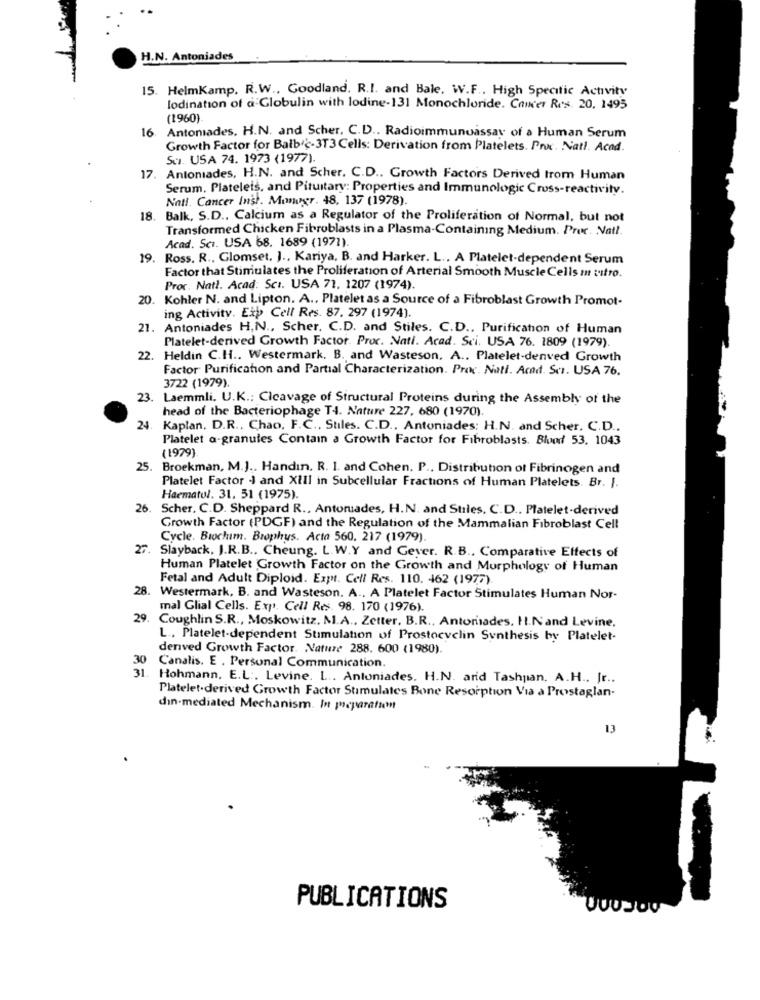
H.N. Antoniades
15. HelmKamp. R.W ., Goodland. R.I. and Bale, W.F ., High Specific Activity
lodination of a Globulin with lodine-131 Monochloride. Cainter Res. 20, 1495
(1960)
16. Antomades, H.N. and Scher, C.D ., Radioimmunoassay of a Human Serum
Growth Factor for Balbic-3T3 Cells: Derivation from Platelets. Prx. Natl. Acad.
Su. USA 74. 1973 (1977).
17. Antoniades, H.N. and Scher. C.D .. Growth Factors Derived from Human
Serum. Platelets, and Pituitary: Properties and Immunologic Cross-reactivity.
Natl. Cancer Inst. Monugr. 48, 137 (1978).
18. Balk, S.D ., Calcium as a Regulator of the Proliferation of Normal, but not
Transformed Chicken Fibroblasts in a Plasma-Containing Medium. Proc Natl.
Acad. Sci. USA 68. 1689 (1971).
19. Ross. R ., Glomset, J ., Kariya. B. and Harker. L .. A Platelet-dependent Serum
Factor that Stimulates the Proliferation of Arterial Smooth Muscle Cells m tutto.
Proc. Natt. Acad: Sci. USA 71. 1207 (1974).
20. Kohler N. and Lipton. A ., Platelet as a Source of a Fibroblast Growth Promot-
ing Activity. Exp Cell Res. 87. 297 (1974).
21. Antoniades H,N ., Scher. C.D. and Stiles. C.D ., Purification of Human
Platelet-derived Growth Factor. Proc. Nati. Acad. Sci. USA 76. 1809 (1979).
22. Heldin C.H .. Westermark, B. and Wasteson, A .. Platelet-denved Growth
Factor Purification and Partial Characterization. Proc. Natl. Acad. Scr. USA 76.
3722 (1979).
23. Laemmli. U.K .: Cicavage of Structural Proteins during the Assembly of the
head of the Bacteriophage T4. Nature 227, 680 (1970)
24. Kaplan, D.R ., Chao, F.C ., Stiles. C.D ., Antoniades; H.N. and Scher, C.D ..
Platelet a-granules Contain a Growth Factor for Fibroblasts. Blood 53. 1043
(1979).
25. Broekman, M.J .. Handın. R. 1. and Cohen. P ., Distribution of Fibrinogen and
Platelet Factor .) and XIII in Subcellular Fractions of Human Platelets. Br. J.
Haematol. 31, 51 (1975).
26
Scher, C.D. Sheppard R ., Antoruades, H.N. and Stiles, C.D ., Platelet-derived
Growth Factor (PDGF) and the Regulation of the Mammalian Fibroblast Cell
Cycle. Biochim. Brophys. Acta 560. 217 (1979).
27. Slayback, J.R.B ., Cheung. L.W.Y and Geyer. R.B .. Comparative Effects of
Human Platelet Growth Factor on the Growth and Morphology of Human
Fetal and Adult Diploid. Expt. Cell Res. 110. 462 (1977).
. Westermark, B. and Wasteson. A .. A Platelet Factor Stimulates Human Nor-
mal Glial Cells. Exp. Cell Res. 98. 170 (1976).
29.
Coughlin S.R ., Moskowitz. M.A ., Zetter, B.R ., Antorsades. H.Nand Levine,
L ., Platelet-dependent Stimulation of Prostocyclin Synthesis by Platelet-
denved Growth Factor. Nature 288. 600 (1980).
30
Canalis. E . Personal Communication.
31. Hohmann, E.L :, Levine. L .. Antoniades. H.N. arid Tashpan. A.H ., Jr ..
Platelet-derived Growth Factor Stimulates Bone Resorption Via a Prostaglan-
din-mediated Mechanism. In preparatum
13
PUBLICATIONS